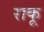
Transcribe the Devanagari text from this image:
राकू